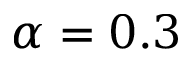
\alpha = 0 . 3